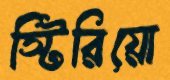
স্টিরিয়ো